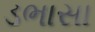
ડભાસા